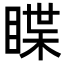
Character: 䁋